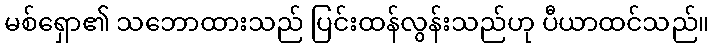
မစ်ရှော၏ သဘောထားသည် ပြင်းထန်လွန်းသည်ဟု ပီယာထင်သည်။